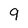
Character: 9